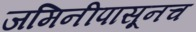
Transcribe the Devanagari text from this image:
जमिनीपासूनच